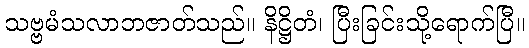
သဗ္ဗမံသလာဘဇာတ်သည်။ နိဋ္ဌိတံ၊ ပြီးခြင်းသို့ရောက်ပြီ။